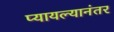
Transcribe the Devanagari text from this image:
प्यायल्यानंतर